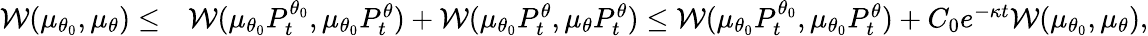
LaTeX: \begin{array}{rl}{\mathcal{W}(\mu_{\theta_{0}},\mu_{\theta})\leq}&{\mathcal{W}(\mu_{\theta_{0}}P_{t}^{\theta_{0}},\mu_{\theta_{0}}P_{t}^{\theta})+\mathcal{W}(\mu_{\theta_{0}}P_{t}^{\theta},\mu_{\theta}P_{t}^{\theta})\leq\mathcal{W}(\mu_{\theta_{0}}P_{t}^{\theta_{0}},\mu_{\theta_{0}}P_{t}^{\theta})+C_{0}e^{-\kappa t}\mathcal{W}(\mu_{\theta_{0}},\mu_{\theta}),}\end{array}